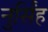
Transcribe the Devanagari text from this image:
नुर्सिंह